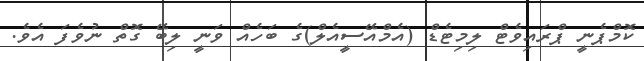
ކޮމްޕެނީ ޕްރައިވެޓް ލިމިޓެޑް (އެމްއޭސީއެލް)ގެ ބަހެއް ވަނީ ލިބޭ ގޮތް ނުވެފަ އެވެ.